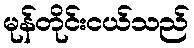
မုန်တိုင်းငယ်သည်